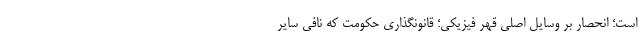
است؛ انحصار بر وسایل اصلی قهر فیزیکی؛ قانونگذاری حکومت که نافی سایر